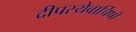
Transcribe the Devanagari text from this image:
दीपस्येवार्चिषो